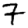
Digit: 7